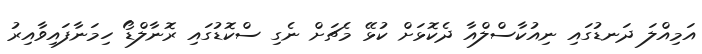
އަމިއްލަ ދަނޑުގައި ނިއުކާސްލްއާ ދެކޮޅަށް ކުޅޭ މެޗަށް ނެގި ސްކޮޑުގައި ރޮނާލްޑޯ ހިމަނާފައިވާއިރު